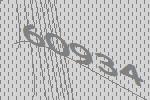
60934